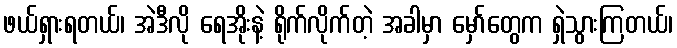
ဖယ်ရှားရတယ်၊ အဲဒီလို ရေအိုးနဲ့ ရိုက်လိုက်တဲ့ အခါမှာ မှော်တွေက ရှဲသွားကြတယ်၊